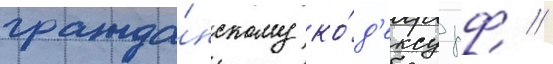
гражда́нскому ко́д'ексу рф //